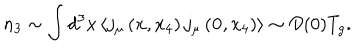
n _ { 3 } \sim \int d ^ { 3 } x \left< j _ { \mu } \left( { \bf x } , x _ { 4 } \right) j _ { \mu } \left( { \bf 0 } , x _ { 4 } \right) \right> \sim { \cal D } ( 0 ) T _ { g } .